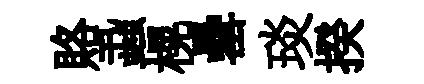
賂蝨榥罍琰揆